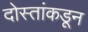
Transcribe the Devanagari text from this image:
दोस्तांकडून